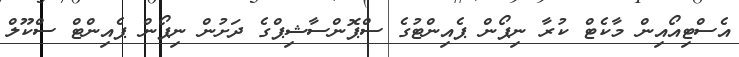
އެސްޓިއޯއިން މާކެޓް ކުރާ ނިޕޯން ޕެއިންޓުގެ ސްޕޮންސާޝިޕްގެ ދަށުން ނިޕޯން ޕެއިންޓް ސްކޫލް